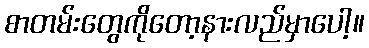
စာတမ်းတွေကိုတော့နားလည်မှာပေါ့။